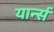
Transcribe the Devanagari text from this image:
यार्न्स